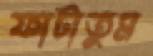
ফাটাতুম